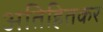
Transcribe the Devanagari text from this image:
अतिहितकर